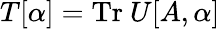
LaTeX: T[\alpha]=\mathrm{Tr}\ U[A,\alpha]